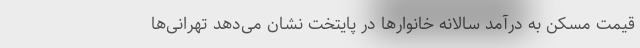
قیمت مسکن به درآمد سالانه خانوارها در پایتخت نشان می‌دهد تهرانی‌ها